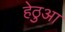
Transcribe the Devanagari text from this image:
हेठुआ